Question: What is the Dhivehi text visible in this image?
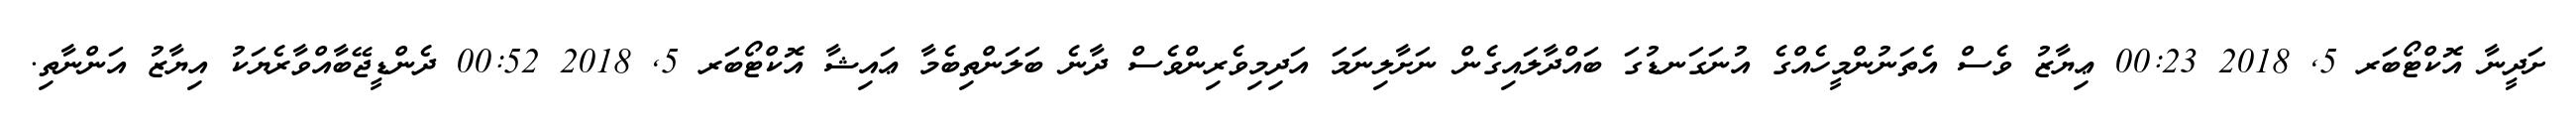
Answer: ށަދީނާ އޮކްޓޯބަރ 5, 2018 00:23 ޢިޔާޒު ވެސް އެތަނުންމީހެއްގެ އުނަގަނޑުގަ ބައްދާލައިގެން ނަށާލިނަމަ އަދިމިވެރިންވެސް ދާނެ ބަލަންތިބެމާ ޢައިޝާ އޮކްޓޯބަރ 5, 2018 00:52 ދެންޑީޖޭބާއްވާރެޔަކު އިޔާޒު އަންނާތި.